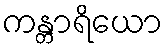
ကန္တာရိယော